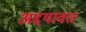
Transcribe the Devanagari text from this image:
अद्दयावत